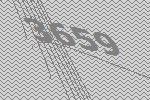
3659